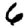
Digit: 6